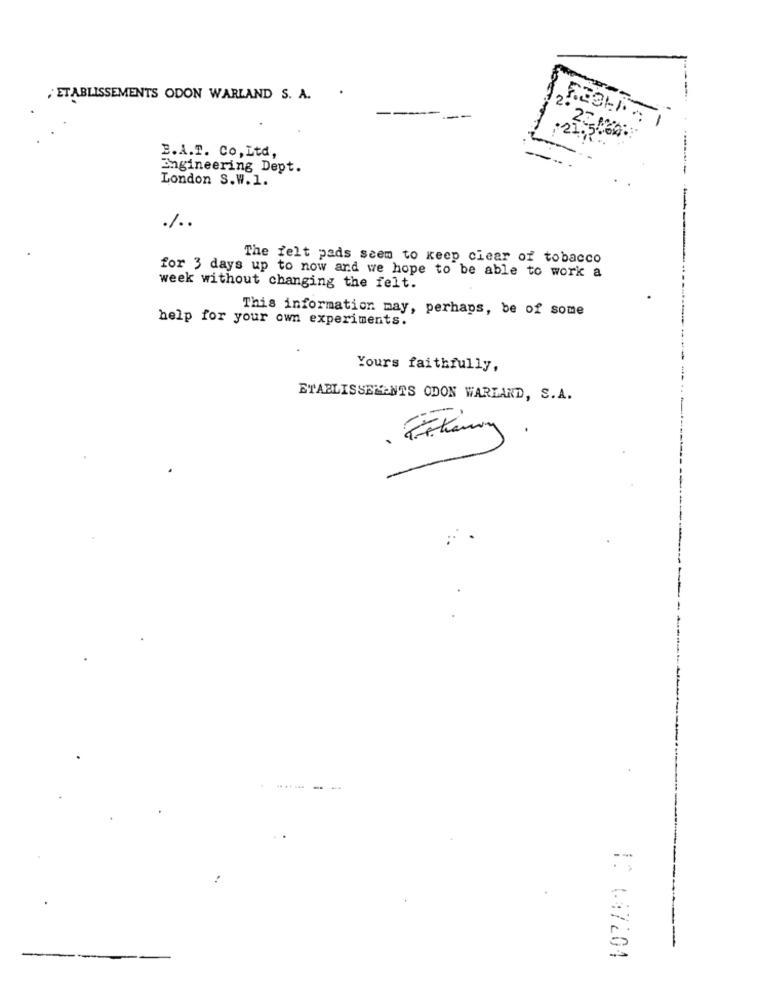
ETABLISSEMENTS ODON WARLAND S. A.
23 M
B.A.T. Co, Ltd,
Engineering Dept.
London S.W.1.
%.
The felt pads seem to keep clear of tobacco
for 3 days up to now and we hope to be able to work a
week without changing the felt.
This information may, perhaps, be of some
help for your own experiments.
Yours faithfully,
ETABLISSEMENTS ODON WARLAND, S. A.
.
------
-
1C 647204